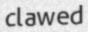
clawed